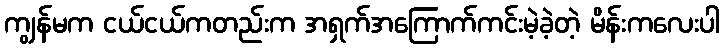
ကျွန်မက ငယ်ငယ်ကတည်းက အရှက်အကြောက်ကင်းမဲ့ခဲ့တဲ့ မိန်းကလေးပါ